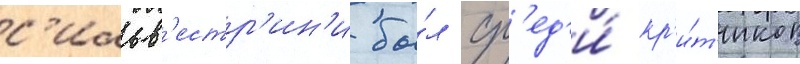
с'ильв'естр'ин'и бы́л ср'ед'и́ кр'и́т'иков